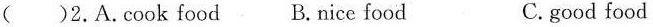
( )2.A.cook food B.nice food C.good food